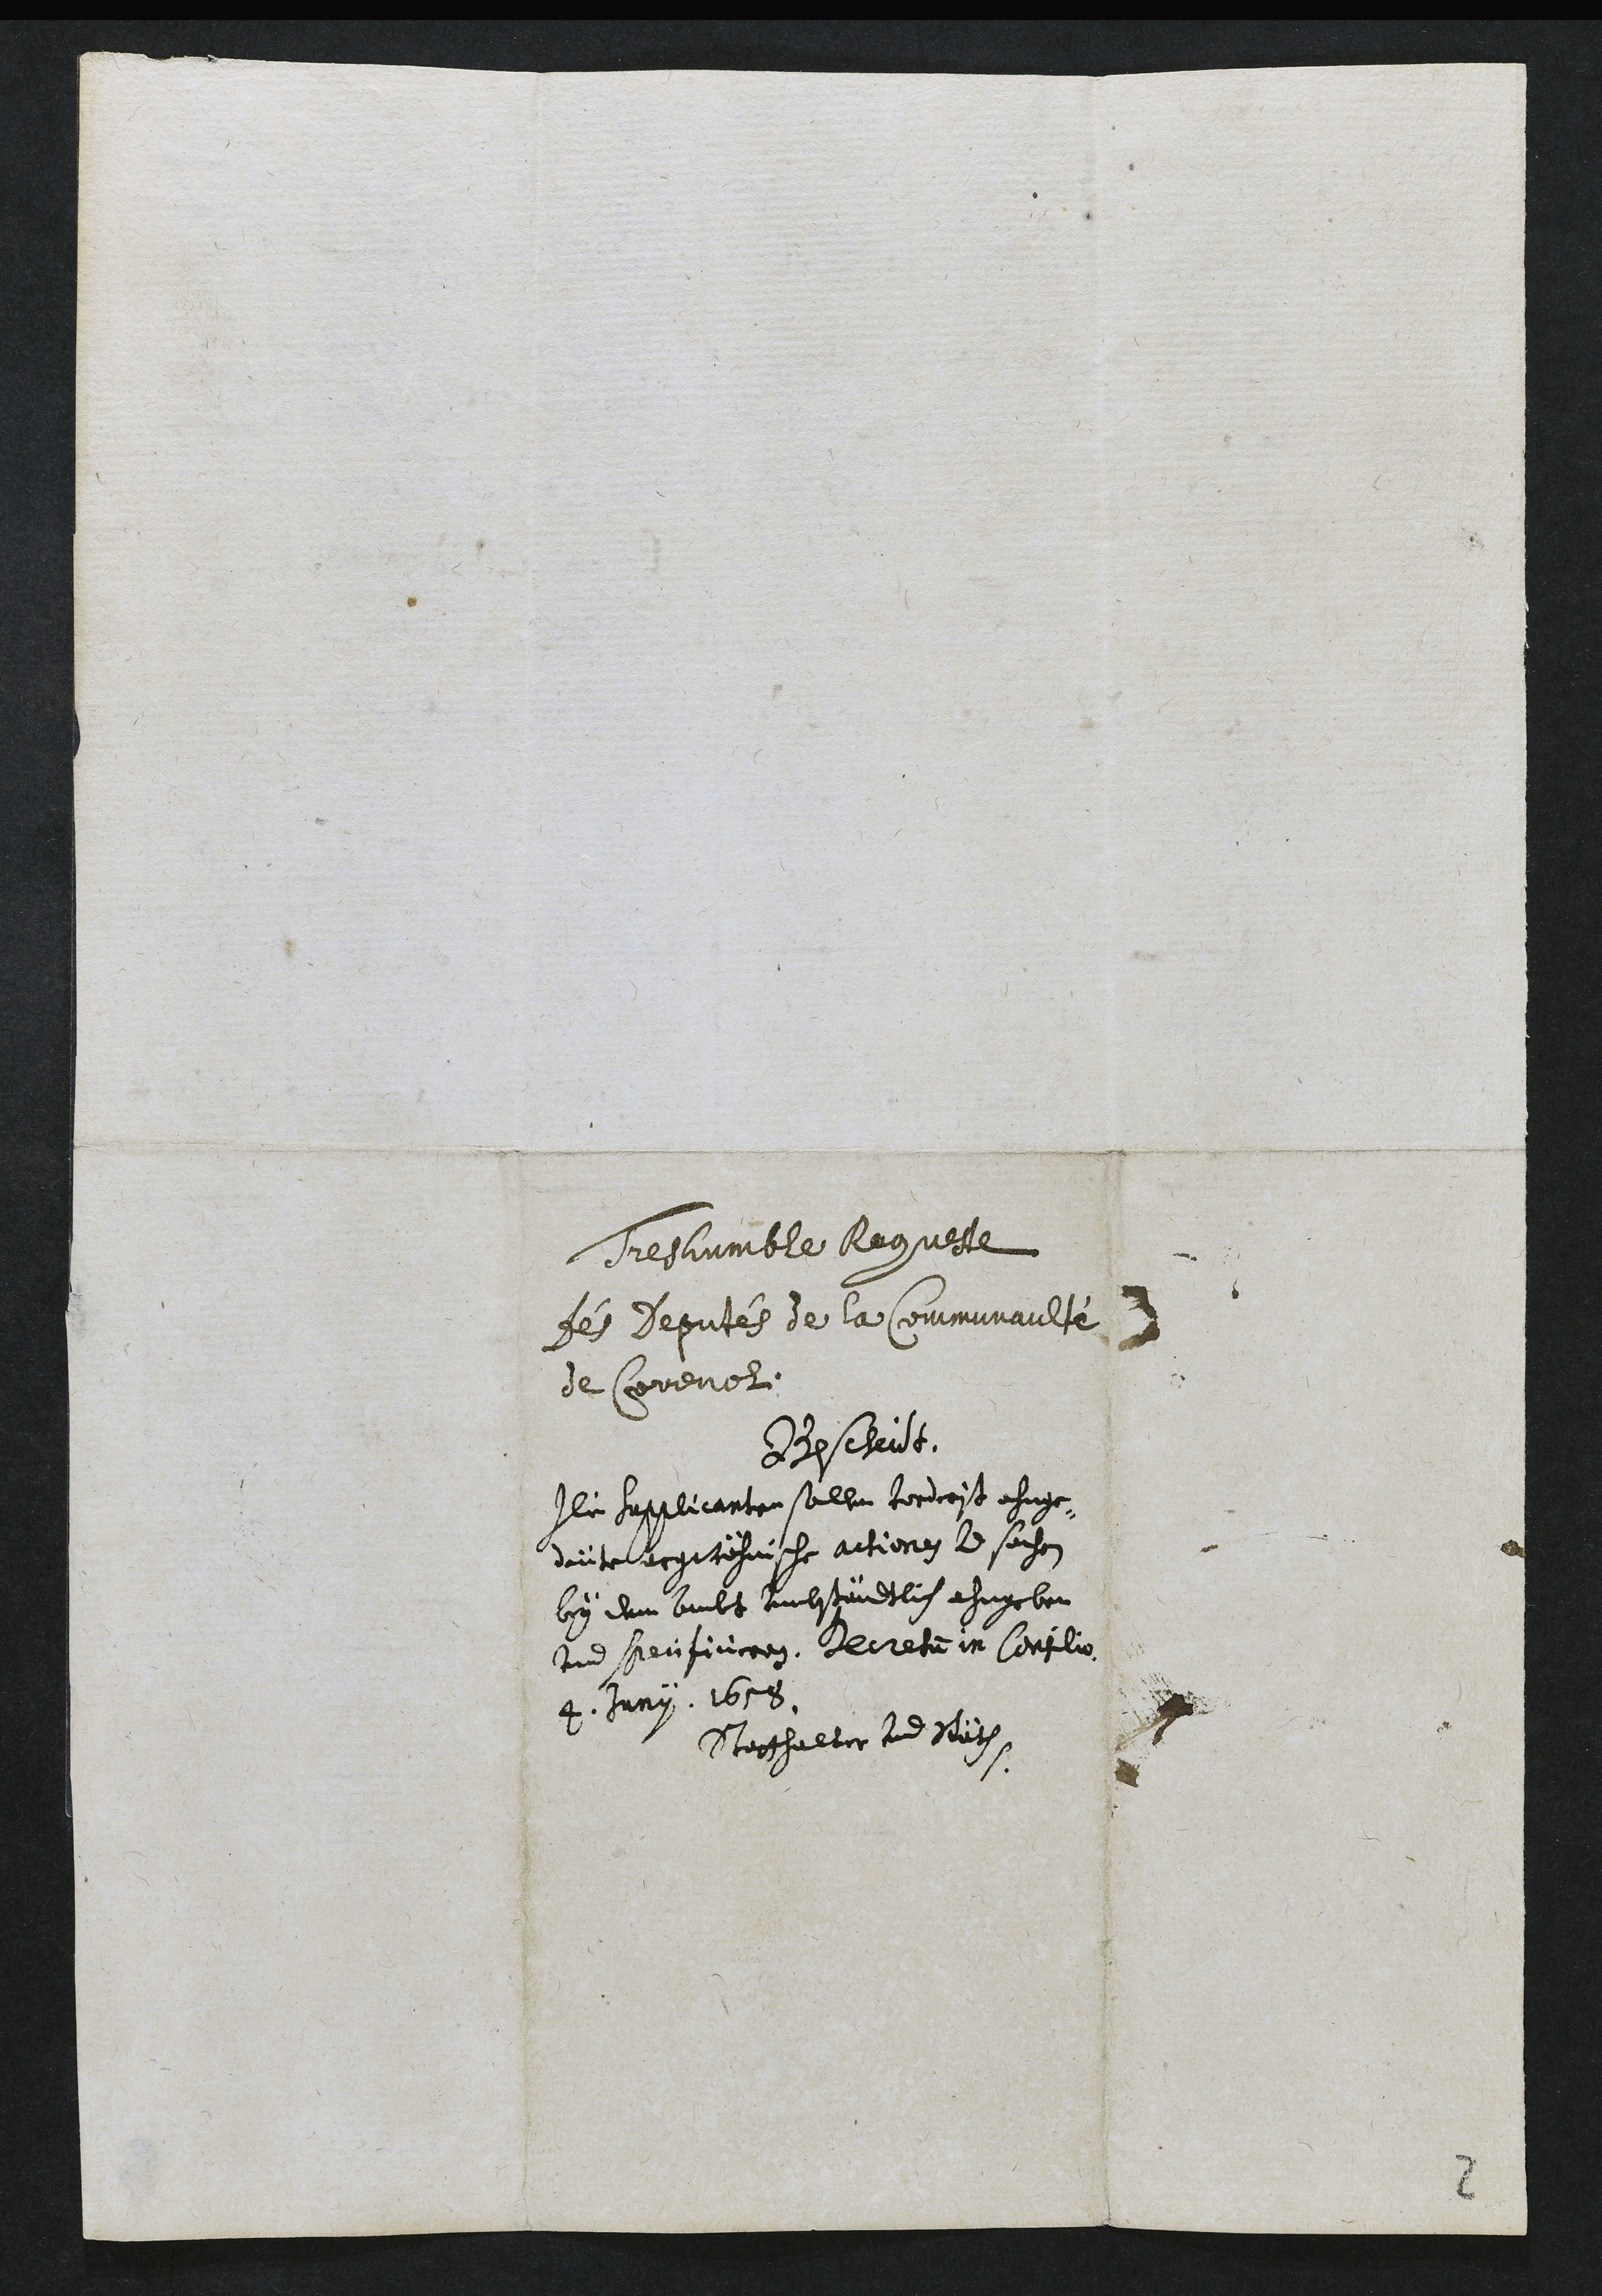
Treshumble Requeste
fes Deputés de la Communaulte
de Corenol.
dRe cheit.
Ile saspelicante salle tordroit ehuge
daite ecgitehuisse actiony le sachen
by dem buuls ambstrudtli ehuybon
Ind seufincron, Lerete in Conflio
Juny 1658.
Ttorthalter tud Veag
2